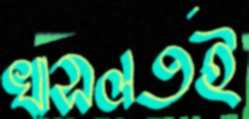
খাসলতই